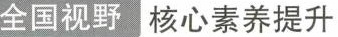
全国视野 核心素养提升